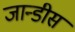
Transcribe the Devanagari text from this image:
जान्डीस